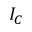
I _ { C }